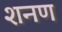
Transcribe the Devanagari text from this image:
शनण